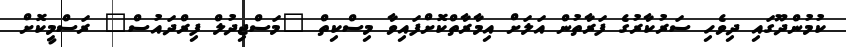
ކުމުންދޫގައި ދިވެހި ސަރުކާރުގެ ފަރާތުން އަލަށް އިިމާރާތްކޮށްފައިވާ މިސްކިތް "މަސްޖިދުލް ފިރްދައުސް" ރަސްމީކޮށް